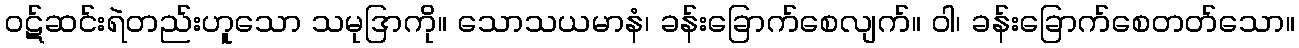
ဝဋ်ဆင်းရဲတည်းဟူသော သမုဒြာကို။ သောသယမာနံ၊ ခန်းခြောက်စေလျက်။ ဝါ၊ ခန်းခြောက်စေတတ်သော။